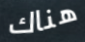
هناك